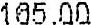
165.00